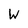
Character: W